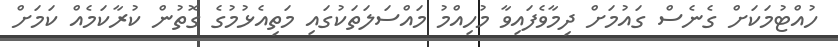
ހުއްޓުމަކަށް ގެނެސް ގައުމަށް ދިމާވެފައިވާ މުހިއްމު މައްސަލަތަކުގައި މަތިއެޅުމުގެ ގޮތުން ކުރާކަމެއް ކަމަށް